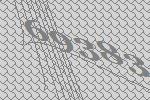
69383